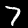
Label: 7